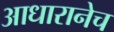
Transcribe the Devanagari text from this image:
आधारानेच